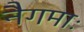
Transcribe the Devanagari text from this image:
नैगमाः